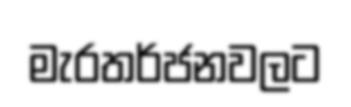
මැරතර්ජනවලට